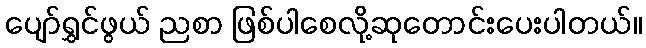
ပျော်ရွှင်ဖွယ် ညစာ ဖြစ်ပါစေလို့ဆုတောင်းပေးပါတယ်။